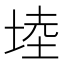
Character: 𭎩